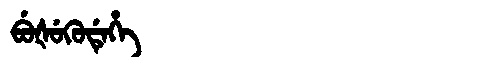
Manchu: ᠪᡠᡧᡠᡴᡠᡩᡝᡥᡝ
Romanization: BUŠUKUDEHE